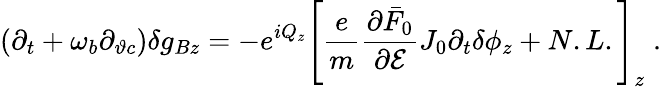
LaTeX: (\partial_{t}+\omega_{b}\partial_{\vartheta c})\delta g_{Bz}=-e^{iQ_{z}}\left[\frac{e}{m}\frac{\partial\bar{F}_{0}}{\partial\mathcal{E}}J_{0}\partial_{t}\delta\phi_{z}+N.L.\right]_{z}\; .